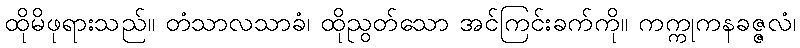
ထိုမိဖုရားသည်။ တံသာလသာခံ၊ ထိုညွတ်သော အင်ကြင်းခက်ကို။ ကက္ကုကနခဇ္ဇလံ၊